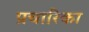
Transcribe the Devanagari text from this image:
प्रचारिका